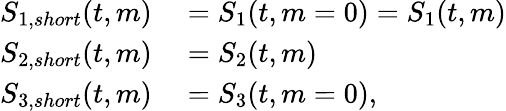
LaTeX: \begin{array}{rl}{S_{1,short}(t,m)}&{{}=S_{1}(t,m=0)=S_{1}(t,m)}\\ {S_{2,short}(t,m)}&{{}=S_{2}(t,m)}\\ {S_{3,short}(t,m)}&{{}=S_{3}(t,m=0),}\end{array}